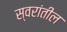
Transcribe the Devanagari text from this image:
स्वरांतील